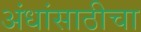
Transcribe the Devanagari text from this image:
अंधांसाठीचा